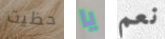
حظيت يا نعم